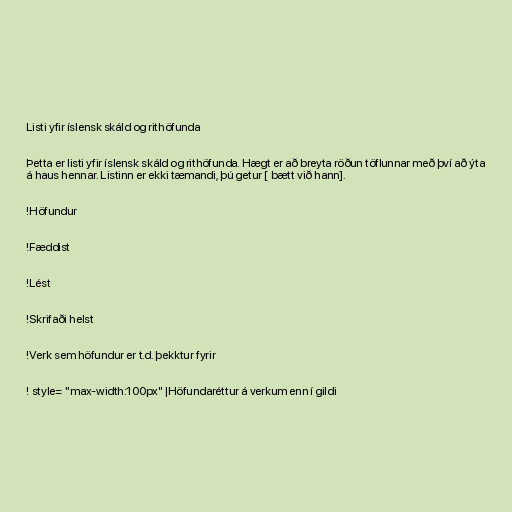
Listi yfir íslensk skáld og rithöfunda

Þetta er listi yfir íslensk skáld og rithöfunda. Hægt er að breyta röðun töflunnar með því að ýta
á haus hennar. Listinn er ekki tæmandi, þú getur [ bætt við hann].

!Höfundur

!Fæddist

!Lést

!Skrifaði helst

!Verk sem höfundur er t.d. þekktur fyrir

! style= "max-width:100px" |Höfundaréttur á verkum enn í gildi